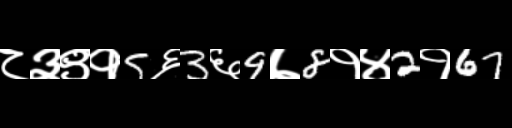
Text: ८३९१5६3६9७8१४2१67